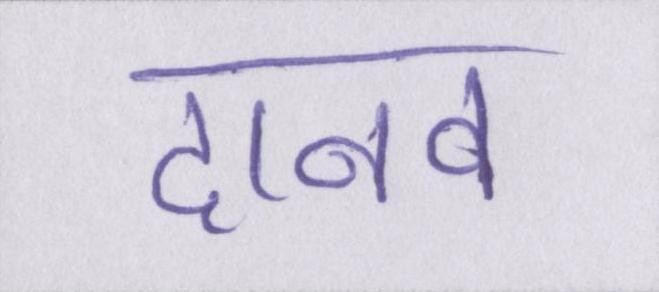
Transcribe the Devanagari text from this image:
दानव